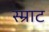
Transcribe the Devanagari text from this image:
स्म्राट